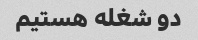
دو شغله هستیم